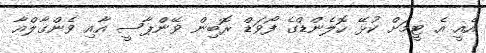
އެއީ އެ ޓީމަށް ކުޅޭ ހޮލެންޑްގެ ފޯވަޑް ރޮބިން ވޭންޕާސީ އާއި ވެންގާލްއާ